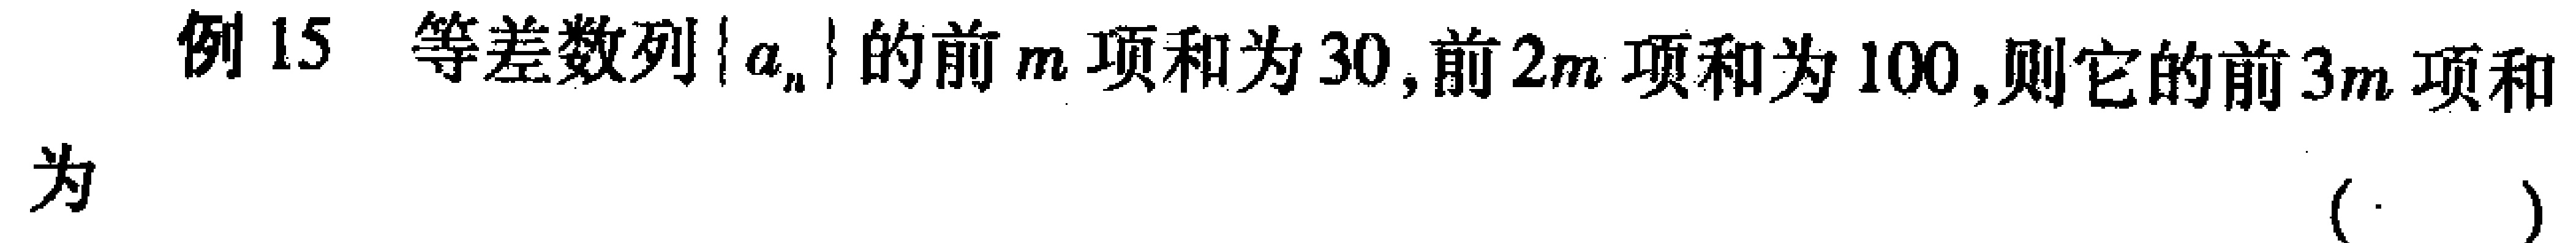
例15 等差数列\(\{ a_{n}\}\)的前\(m\)项和为\(30\),前\(2m\)项和为\(100\),则它的前\(3m\)项和为 （  ）